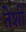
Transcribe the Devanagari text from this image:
तेशी